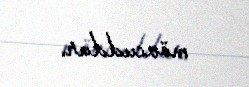
mövcuddur.